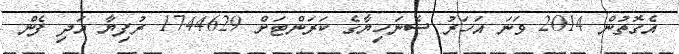
އެގޮތުން 2014 ވަނަ އަހަރު ސެނަހިޔާގެ ކަރަންޓަށް 1744629 ރުފިޔާ އަދި ފެން